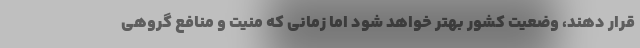
قرار دهند، وضعیت کشور بهتر خواهد شود اما زمانی که منیت و منافع گروهی